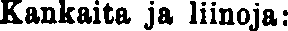
Kankaita ja liinoja: